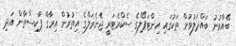
ބޭއްވުނު ބައްދަލުވުން ތަކުގައި އިންޓަޕޯލްގެ ސެކްރެޓަރީ ޖެނެރަލްގެ އިތުރުން އިރާގް ޕާކިސްތާން އަދި